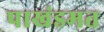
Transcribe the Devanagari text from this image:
पाखंडमत